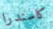
كاسندرا